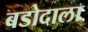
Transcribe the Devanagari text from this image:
बडोदाला